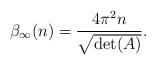
\begin{align*}\beta_{\infty}(n) = \frac{4 \pi^{2} n}{\sqrt{\det(A)}}.\end{align*}